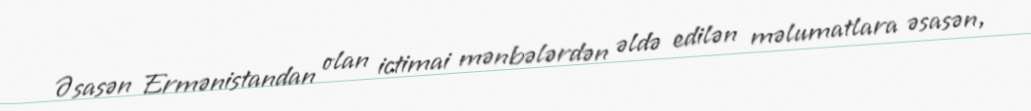
Əsasən Ermənistandan olan ictimai mənbələrdən əldə edilən məlumatlara əsasən,